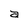
Character: a